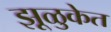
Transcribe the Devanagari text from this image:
झूळुकेत